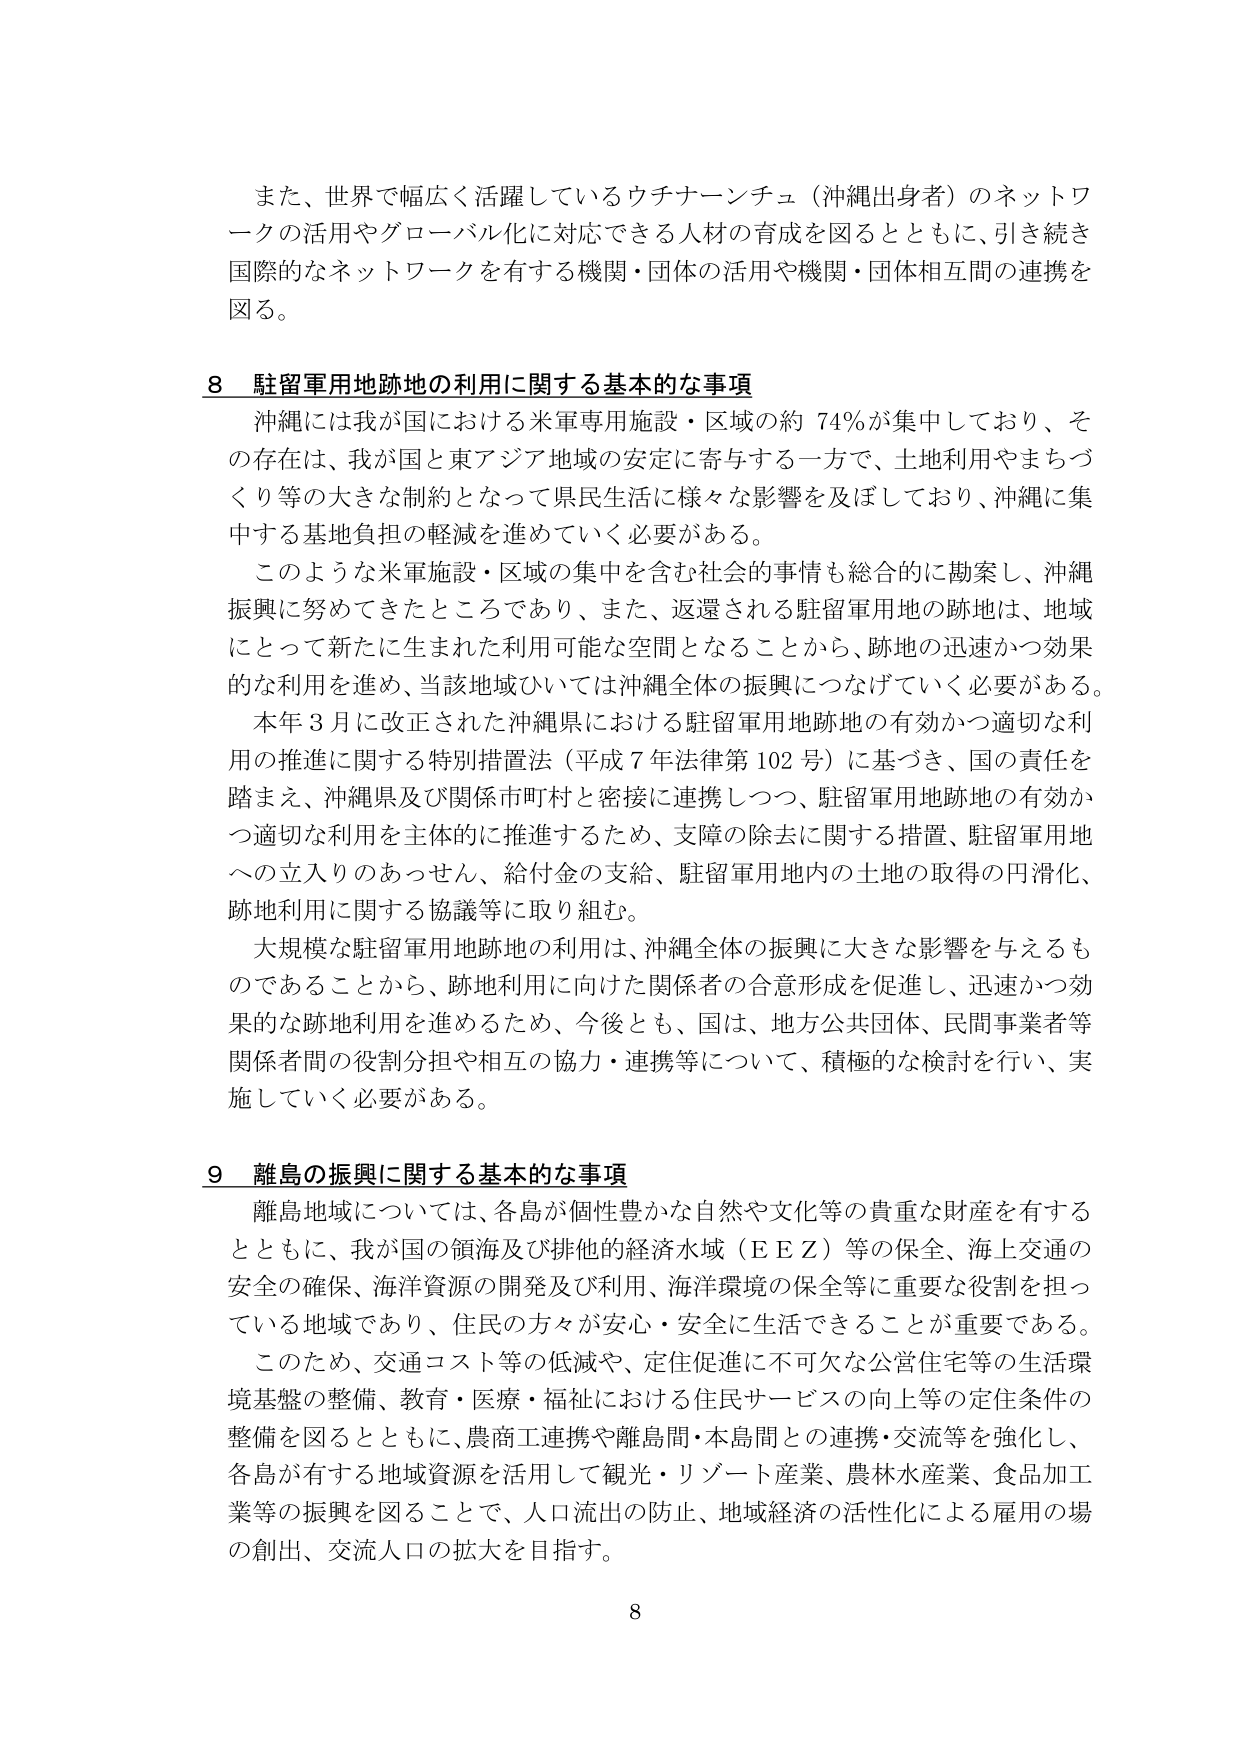
また、世界で幅広く活躍しているウチナーンチュ（沖縄出身者）のネットワークの活用やグローバル化に対応できる人材の育成を図るとともに、引き続き国際的なネットワークを有する機関・団体の活用や機関・団体相互間の連携を図る。

8 駐留軍用地跡地の利用に関する基本的な事項
沖縄には我が国における米軍専用施設・区域の約74％が集中しており、その存在は、我が国と東アジア地域の安定に寄与する一方で、土地利用やまちづくり等の大きな制約となって県民生活に様々な影響を及ぼしており、沖縄に集中する基地負担の軽減を進めていく必要がある。
このような米軍施設・区域の集中を含む社会的事情も総合的に勘案し、沖縄振興に努めてきたところであり、また、返還される駐留軍用地の跡地は、地域にとって新たに生まれた利用可能な空間となることから、跡地の迅速かつ効果的な利用を進め、当該地域ひいては沖縄全体の振興につなげていく必要がある。
本年3月に改正された沖縄県における駐留軍用地跡地の有効かつ適切な利用の推進に関する特別措置法（平成7年法律第102号）に基づき、国の責任を踏まえ、沖縄県及び関係市町村と密接に連携しつつ、駐留軍用地跡地の有効かつ適切な利用を主体的に推進するため、支障の除去に関する措置、駐留軍用地への立入りのあっせん、給付金の支給、駐留軍用地内の土地の取得の円滑化、跡地利用に関する協議等に取り組む。
大規模な駐留軍用地跡地の利用は、沖縄全体の振興に大きな影響を与えるものであることから、跡地利用に向けた関係者の合意形成を促進し、迅速かつ効果的な跡地利用を進めるため、今後とも、国は、地方公共団体、民間事業者等関係者間の役割分担や相互の協力・連携等について、積極的な検討を行い、実施していく必要がある。

9 離島の振興に関する基本的な事項
離島地域については、各島が個性豊かな自然や文化等の貴重な財産を有するとともに、我が国の領海及び排他的経済水域（ＥＥＺ）等の保全、海上交通の安全の確保、海洋資源の開発及び利用、海洋環境の保全等に重要な役割を担っている地域であり、住民の方々が安心・安全に生活できることが重要である。
このため、交通コスト等の低減や、定住促進に不可欠な公営住宅等の生活環境基盤の整備、教育・医療・福祉における住民サービスの向上等の定住条件の整備を図るとともに、農商工連携や離島間・本島間との連携・交流等を強化し、各島が有する地域資源を活用して観光・リゾート産業、農林水産業、食品加工業等の振興を図ることで、人口流出の防止、地域経済の活性化による雇用の場の創出、交流人口の拡大を目指す。

8